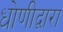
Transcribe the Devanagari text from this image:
धोणीद्वारा